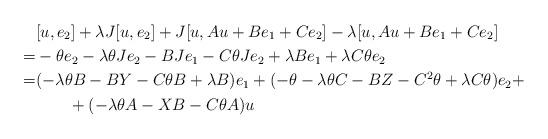
LaTeX: \begin{align*}& [u,e_2]+\lambda J[u,e_2] + J[u,Au+Be_1+Ce_2]-\lambda [u,Au+Be_1+Ce_2] & \\ =&-\theta e_2-\lambda\theta Je_2 -BJe_1-C\theta Je_2 + \lambda Be_1+\lambda C\theta e_2 & \\=&(-\lambda\theta B-BY-C\theta B+\lambda B)e_1+(-\theta-\lambda\theta C -BZ-C^2\theta+\lambda C\theta)e_2+\\&\qquad+(-\lambda \theta A-XB-C\theta A)u\end{align*}